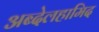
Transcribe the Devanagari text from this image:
अब्देलहामिद